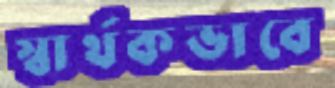
স্বার্থকভাবে